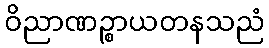
ဝိညာဏဉ္စာယတနသညံ